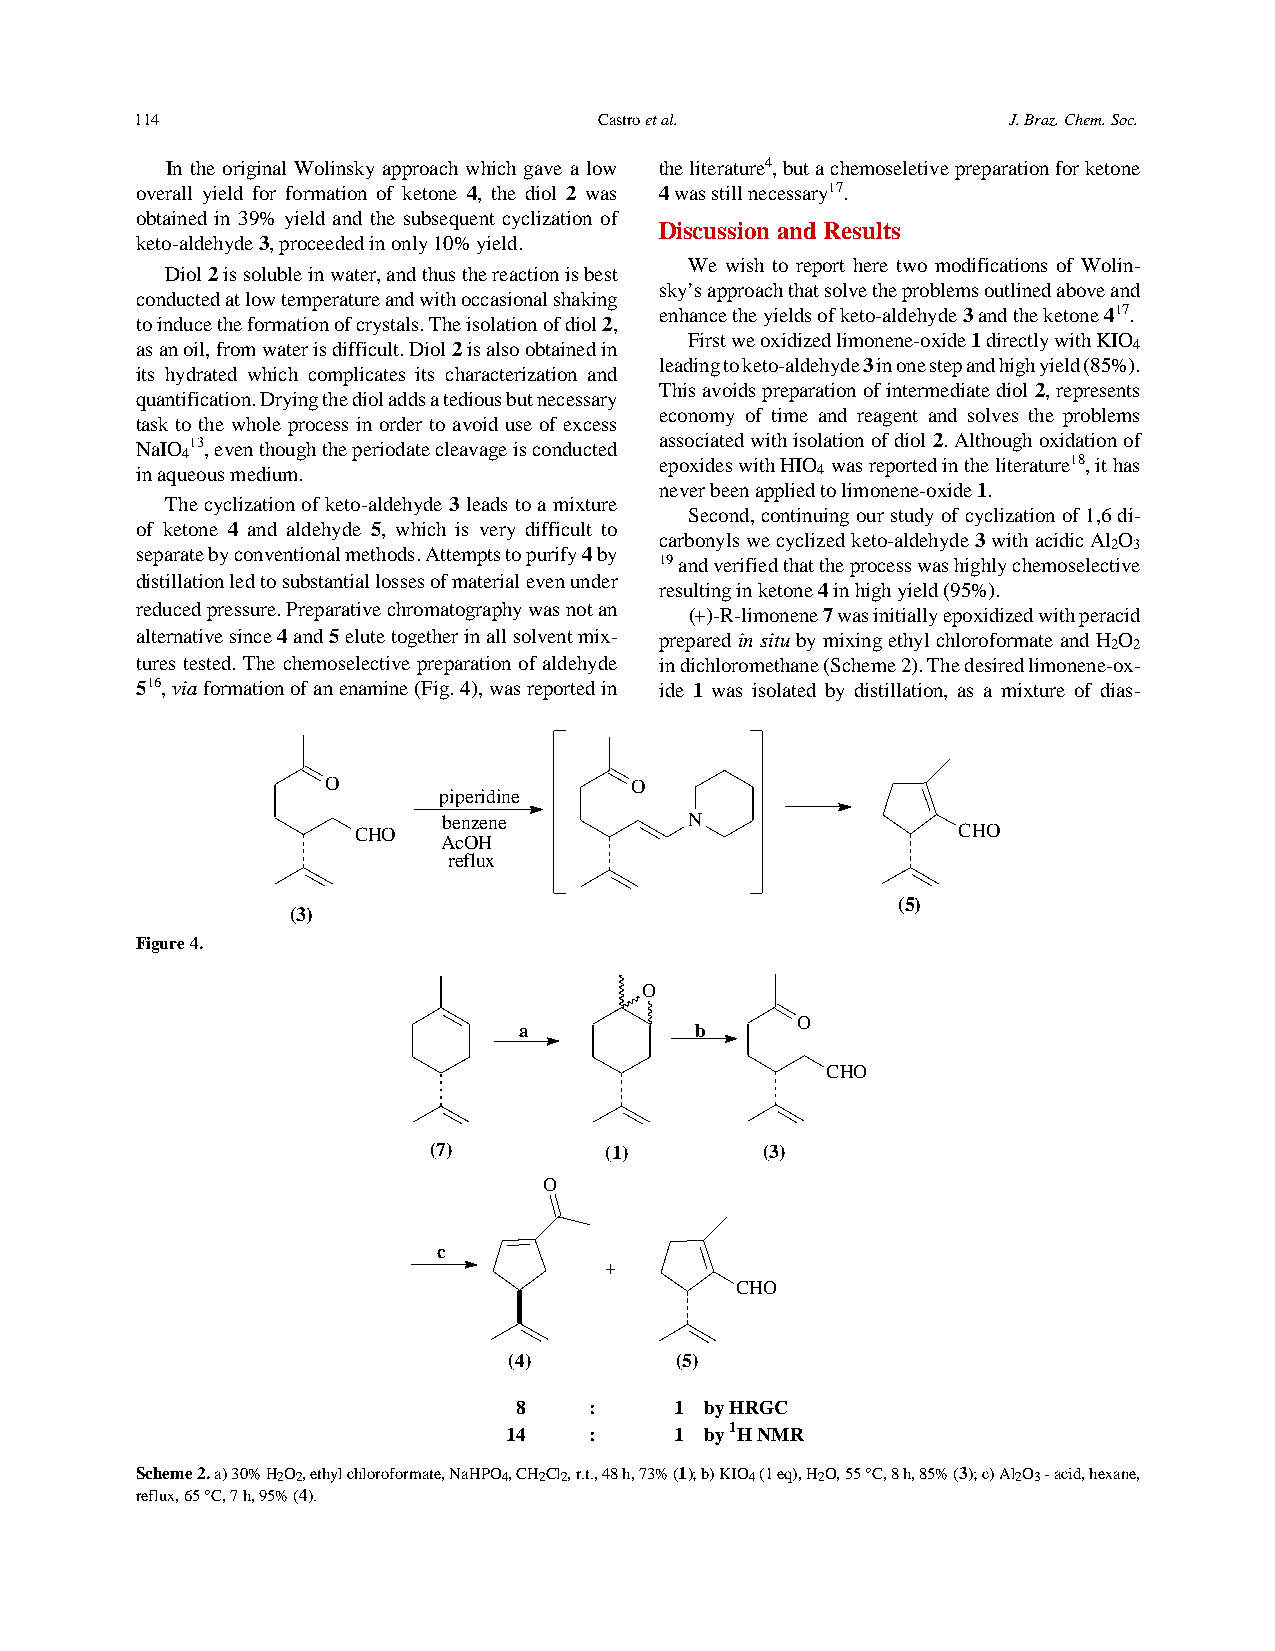
114                            Castro et al.              J. Braz. Chem. Soc.
 In the original Wolinsky approach which gave a low the literature4, but a chemoseletive preparation for ketone
 overall yield for formation of ketone 4, the diol 2 was 4 was still necessary17.
 obtained in 39% yield and the subsequent cyclization of
 Discussion and Results
 keto-aldehyde 3, proceeded in only 10% yield.
 We wish to report here two modifications of Wolin-
 Diol 2 is soluble in water, and thus the reaction is best
 sky’s approach that solve the problems outlined above and
 conducted at low temperature and with occasional shaking
 enhance the yields of keto-aldehyde 3 and the ketone 417.
 to induce the formation of crystals. The isolation of diol 2,
 First we oxidized limonene-oxide 1 directly with KIO
 as an oil, from water is difficult. Diol 2 is also obtained in    4
 leading to keto-aldehyde 3 in one step and high yield (85%).
 its hydrated which complicates its characterization and
 This avoids preparation of intermediate diol 2, represents
 quantification. Drying the diol adds a tedious but necessary
 economy of time and reagent and solves the problems
 task to the whole process in order to avoid use of excess
 NaIO 13, even though the periodate cleavage is conducted associated with isolation of diol 2. Although oxidation of
 4                               epoxides with HIO was reported in the literature18, it has
 in aqueous medium.                           4
 never been applied to limonene-oxide 1.
 The cyclization of keto-aldehyde 3 leads to a mixture
 Second, continuing our study of cyclization of 1,6 di-
 of ketone 4 and aldehyde 5, which is very difficult to
 carbonyls we cyclized keto-aldehyde 3 with acidic Al O
 2 3
 separate by conventional methods. Attempts to purify 4 by
 19 and verified that the process was highly chemoselective
 distillation led to substantial losses of material even under
 resulting in ketone 4 in high yield (95%).
 reduced pressure. Preparative chromatography was not an
 (+)-R-limonene 7 was initially epoxidized with peracid
 alternative since 4 and 5 elute together in all solvent mix- prepared in situ by mixing ethyl chloroformate and H O
 2 2
 tures tested. The chemoselective preparation of aldehyde in dichloromethane (Scheme 2). The desired limonene-ox-
 516, via formation of an enamine (Fig. 4), was reported in ide 1 was isolated by distillation, as a mixture of dias-
 O                   O
 piperidine
 benzene          N
 CHO                                     CHO
 AcOH
 reflux
 (5)
 (3)
 Figure 4.
 O
 O
 a           b
 CHO
 (7)         (1)       (3)
 O
 c
 +
 CHO
 (4)        (5)
 8    :     1 by HRGC
 14   :     1 by 1H NMR
 Scheme 2. a) 30% H2O2, ethyl chloroformate, NaHPO4, CH2Cl2, r.t., 48 h, 73% (1); b) KIO4 (1 eq), H2O, 55 °C, 8 h, 85% (3); c) Al2O3 - acid, hexane,
 reflux, 65 °C, 7 h, 95% (4).